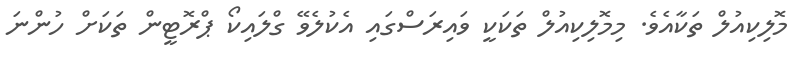
މޮލިކިއުލް ތަކާއެވެ. މިމޮލިކިއުލް ތަކަކީ ވައިރަސްގައި އެކުލެވޭ ގްލައިކޯ ޕްރޮޓީން ތަކަށް ހުންނަ